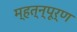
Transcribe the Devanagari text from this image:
म्हत्न्पूर्ण